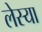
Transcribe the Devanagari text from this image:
लेस्या